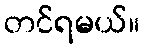
တင်ရမယ်။